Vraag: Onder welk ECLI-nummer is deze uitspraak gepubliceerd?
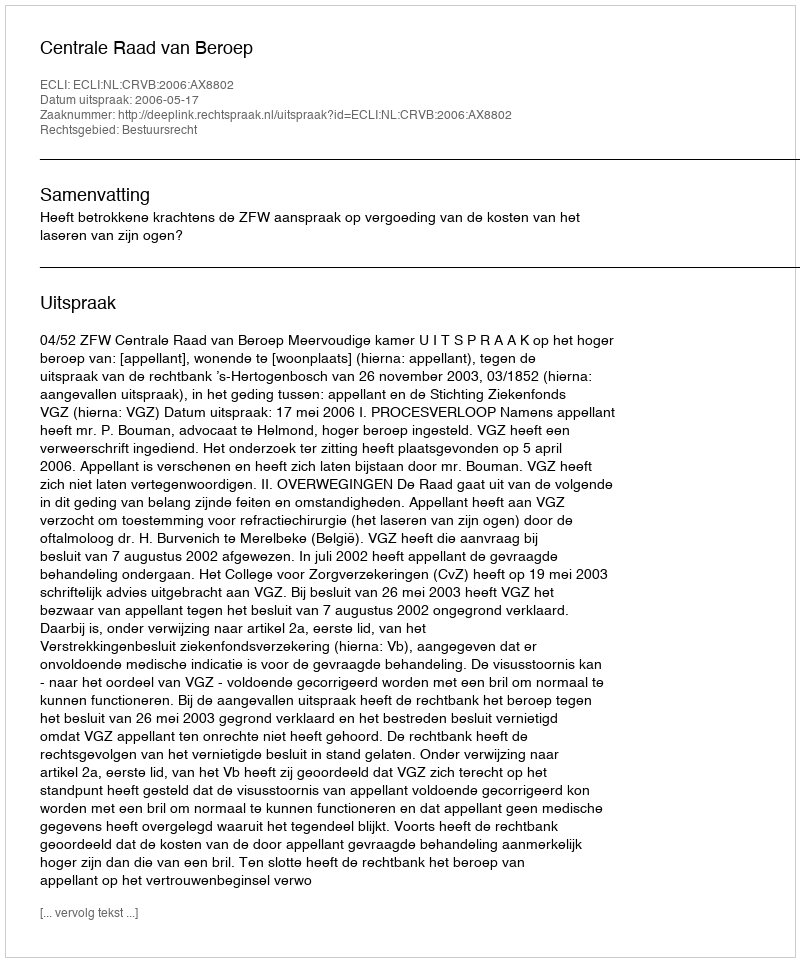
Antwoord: ECLI:NL:CRVB:2006:AX8802